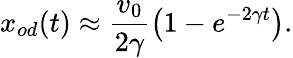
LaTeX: x_{od}(t)\approx\frac{v_{0}}{2\gamma}\left(1-e^{-2\gamma t}\right).